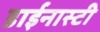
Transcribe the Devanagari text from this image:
डाईनास्टी